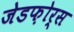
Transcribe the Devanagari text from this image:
जेडफ़ोर्स